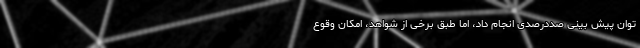
توان پیش بینی صددرصدی انجام داد، اما طبق برخی از شواهد، امکان وقوع